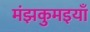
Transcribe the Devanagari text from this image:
मंझकुमइयाँ